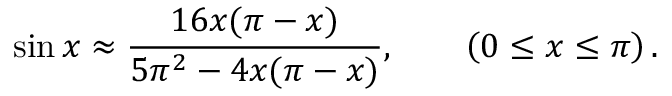
\sin x \approx { \frac { 1 6 x ( \pi - x ) } { 5 \pi ^ { 2 } - 4 x ( \pi - x ) } } , \qquad \left( 0 \leq x \leq \pi \right) .